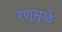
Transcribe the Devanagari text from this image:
रेणूमुळे